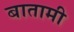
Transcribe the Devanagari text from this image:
बातामी